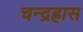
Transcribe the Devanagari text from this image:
चन्द्रह्रास